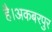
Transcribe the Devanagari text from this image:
है।अकबरपुर